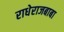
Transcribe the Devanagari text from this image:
राधेराजबाबा